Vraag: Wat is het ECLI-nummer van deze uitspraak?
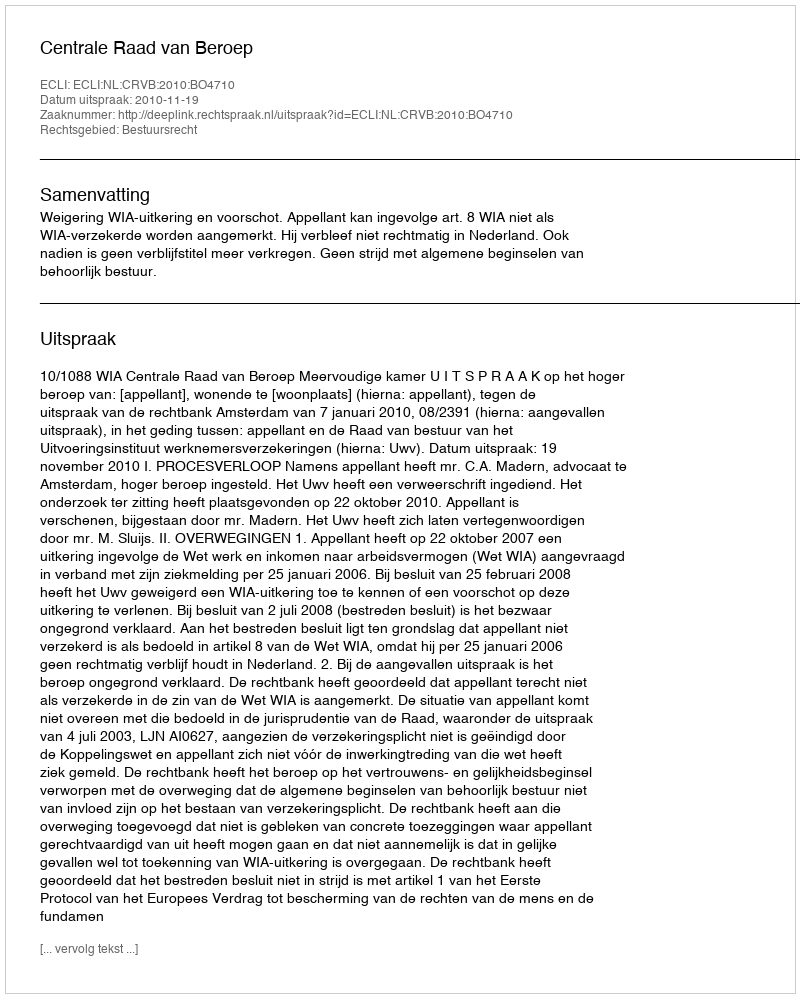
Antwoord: ECLI:NL:CRVB:2010:BO4710